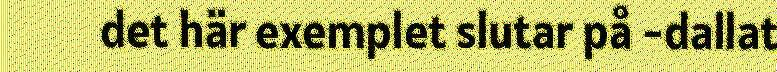
det här exemplet slutar på -dallat